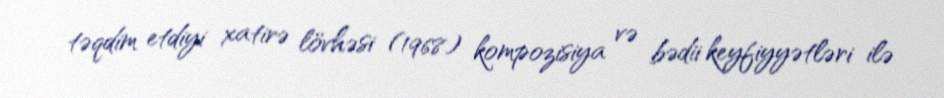
təqdim etdiyi xatirə lövhəsi (1968) kompozisiya və bədii keyfiyyətləri ilə